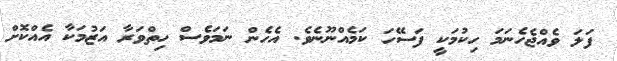
ފަލަ ވެއްޖެހެނަމަ ހިކުމަކީ ފަސޭހަ ކަމެއްނޫނެވެ. އެހެން ނަމަވެސް ހިތްވަރާ އަޒުމަކާ އެއްކޮށް